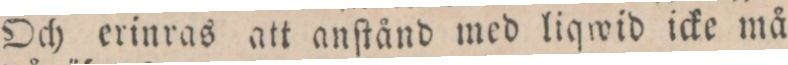
Och erinras att anſtånd med liqwid icke må